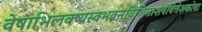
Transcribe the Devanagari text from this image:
वेषाभिलक्ष्यस्वभवनविजिताशेषवित्तेशकोषा